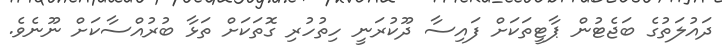
ދައުލަތުގެ ބަޖެޓުން ޕާޓީތަކަށް ފައިސާ ދޫކުރަނީ ހިތުހުރި ގޮތަކަށް ތަޅާ ބުރުއްސާކަށް ނޫނެވެ.